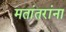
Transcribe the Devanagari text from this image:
मतांतरांना